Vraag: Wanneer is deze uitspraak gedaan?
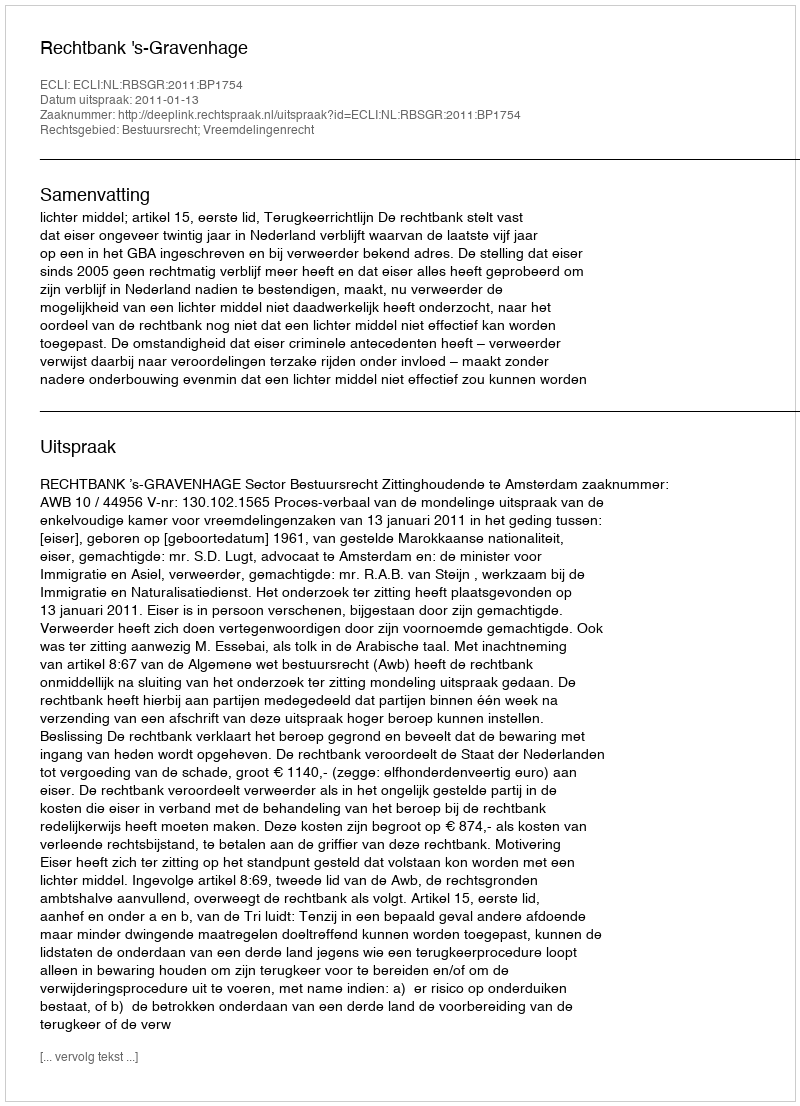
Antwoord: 2011-01-13